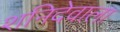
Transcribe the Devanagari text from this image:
शनिदेवाला